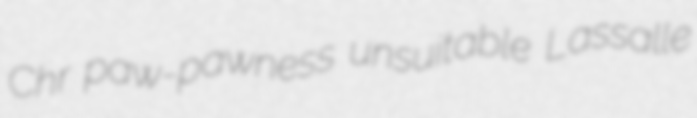
Chr paw-pawness unsuitable Lassalle